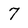
Character: 7